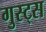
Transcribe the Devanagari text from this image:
गुस्ट्स